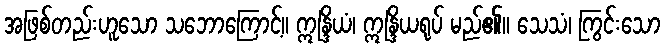
အဖြစ်တည်းဟူသော သဘောကြောင့်။ ဣန္ဒြိယံ၊ ဣန္ဒြိယရုပ် မည်၏။ သေသံ၊ ကြွင်းသော